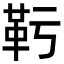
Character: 𩉞